Lunatic asylums Central Provinces reports 1874-1885 - 1874-1885
Year: 1874
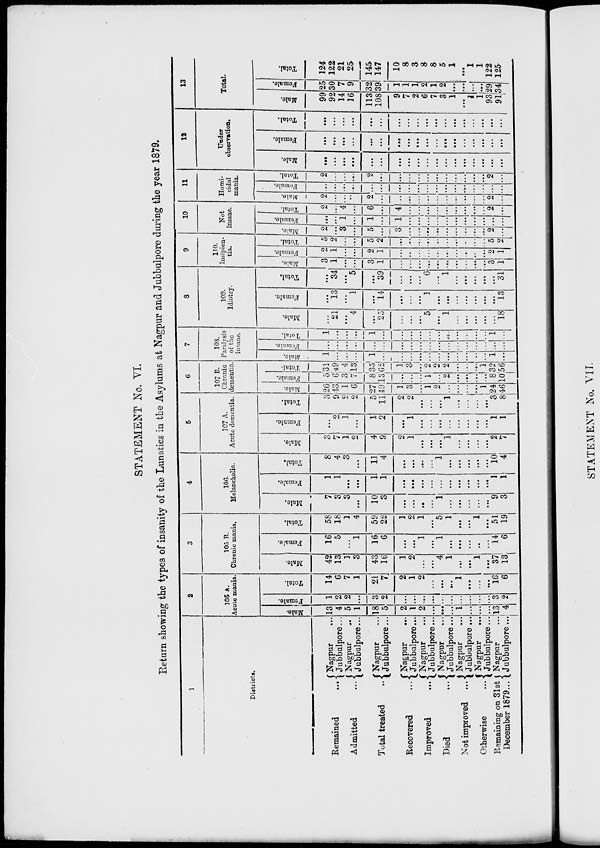
STATEMENT No. VI.
Return showing the types of insanity of the Lunatics in the Asylums at Nagpur and Jubbulpore during the year 1879.
1
Districts.
Remained
...
Admitted ...
Total treated ...
Recovered ...
Improved
...
Died
...
Not improved
...
Otherwise
...
Remaining on 31st
December 1879 ...
Nagpur ...
Jubbulpore ...
Nagpur ...
Jubbulpore...
Nagpur ...
Jubbulpore...
Nagpur ...
Jubbulpore ...
Nagpur ...
Jubbulpore ...
Nagpur ...
Jubbulpore ...
Nagpur ...
Jubbulpore ...
Nagpur ...
Jubbulpore...
Nagpur
...
Jubbulpore ...
2
105 A.
Acute mania.
Male.
13
4
5
1
18
5
2
1
2
...
...
...
1
...
...
...
13
4
Female.
1
2
2
...
3
2
...
...
...
...
...
...
...
...
...
...
3
2
Total.
14
6
7
1
21
7
2
1
2
...
...
...
1
...
...
...
16
6
3
105 B.
Chronic mania.
Male.
42
13
1
3
43
16
1
2
...
...
4
1
...
...
1
...
37
13
Female.
16
5
...
1
16
6
...
...
1
...
1
...
...
...
...
...
14
6
Total.
58
18
1
4
59
22
1
2
1
...
5
1
...
...
1
...
51
19
4
106.
Melancholia.
Male.
7
3
3
...
10
3
...
...
...
...
1
...
...
...
...
...
9
3
Female.
1
1
...
...
1
1
...
...
...
...
...
...
...
...
...
...
1
1
Total.
8
4
3
...
11
4
...
....
...
1
...
...
...
...
...
10
4
5
107 A.
Acute dementia.
Male.
3
7
1
2
4
9
2
1
...
...
...
1
...
...
...
...
2
7
Female.
...
2
1
...
1
2
...
1
...
...
...
...
...
...
...
...
1
1
Total.
3
9
2
2
5
11
2
2
...
...
...
1
...
...
...
...
3
8
6
107 B.
Chronic
dementia.
Male.
26
43
1
6
27
49
1
3
...
1
2
...
...
...
...
1
24
46
Female.
5
6
3
7
8
13
...
...
...
1
...
2
...
...
...
...
8
10
Total.
31
49
4
13
35
62
1
3
...
2
2
2
...
...
...
1
32
56
7
103.
Paralysis
of the
insane.
Male.
1
...
...
...
1
...
...
...
...
...
...
...
...
...
...
...
1
...
Female.
...
...
...
...
...
...
...
...
...
...
...
...
...
...
...
...
...
...
Total.
1
...
...
...
1
...
...
...
...
...
...
...
...
...
...
...
1
...
8
109.
Idiotcy.
Male.
...
21
...
4
...
25
...
...
...
5
...
1
...
...
...
...
...
18
Female.
...
13
...
1
...
14
...
...
...
1
...
...
...
...
...
...
...
13
Total.
...
34
...
5
...
39
...
...
...
6
...
1
...
...
...
...
...
31
9
110.
Insipien-
tia.
Male.
3
1
...
...
3
1
...
...
...
...
...
...
...
...
...
...
3
1
Female.
2
1
...
...
2
1
...
...
...
...
...
...
...
...
...
...
2
1
Total.
5
2
...
...
5
2
...
...
...
...
...
...
...
...
...
...
5
2
10
Not
insane.
Male.
2
...
3
...
5
...
3
...
...
...
...
...
...
...
...
...
2
...
Female.
...
...
1
...
1
...
1
...
...
...
...
...
...
...
...
...
...
...
Total.
2
...
4
...
6
...
4
...
...
...
...
...
...
...
...
...
2
...
11
Homi-
cidal
mania.
Male.
2
...
...
...
2
...
...
...
...
...
...
...
...
...
...
...
2
...
Female.
...
...
...
...
...
...
...
...
...
...
...
...
...
...
...
...
...
...
Total.
2
...
...
...
2
...
...
...
...
...
...
...
...
...
...
...
2
...
12
Under
observation.
Male.
...
...
...
...
...
...
...
...
...
...
...
...
...
...
...
...
...
...
Female.
...
...
...
...
...
...
...
...
...
...
...
...
...
...
...
...
...
...
Total.
...
...
...
...
...
...
...
...
...
...
...
...
...
...
...
...
...
...
13
Total.
Male.
99
92
14
16
113
108
9
7
2
6
7
3
1
...
1
1
93
91
Female.
25
30
7
9
32
39
1
1
1
2
1
2
...
...
...
...
29
34
Total.
124
122
21
25
145
147
10
8
3
8
8
5
1
...
1
1
122
125